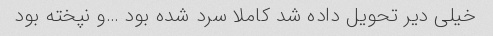
خیلی دیر تحویل داده شد کاملا سرد شده بود …و نپخته بود